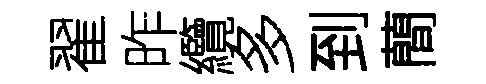
翟昨纜多到蕳